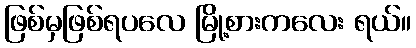
ဖြစ်မှဖြစ်ရပလေ မြို့စားကလေး ရယ်။